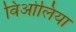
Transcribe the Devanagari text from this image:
विओलिया